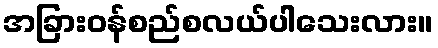
အခြားဝန်စည်စလယ်ပါသေးလား။